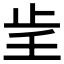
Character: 𰙞